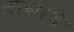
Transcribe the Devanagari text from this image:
त्रासाचे